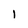
Character: 1